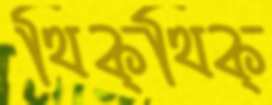
থিক্‌থিক্‌